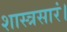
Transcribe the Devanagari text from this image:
शास्त्रसारं।